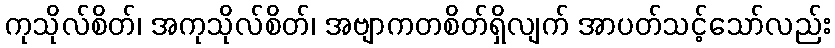
ကုသိုလ်စိတ်၊ အကုသိုလ်စိတ်၊ အဗျာကတစိတ်ရှိလျက် အာပတ်သင့်သော်လည်း